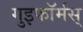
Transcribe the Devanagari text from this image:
गुइफॉर्मस्